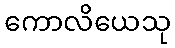
ကောလိယေသု